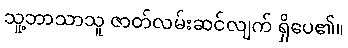
သူ့ဘာသာသူ ဇာတ်လမ်းဆင်လျက် ရှိပေ၏။